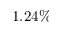
1 . 2 4 \%